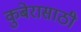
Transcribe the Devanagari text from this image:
कुबेरासाठी